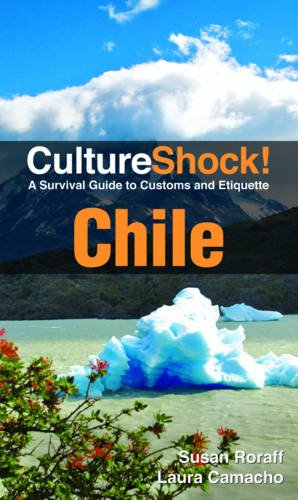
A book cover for CultureShock! Chile (Cultureshock Chile: A Survival Guide to Customs & Etiquette); Susan Roraff; Travel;